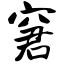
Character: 窘